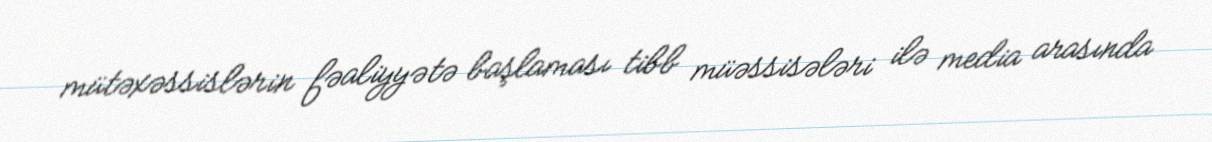
mütəxəssislərin fəaliyyətə başlaması tibb müəssisələri ilə media arasında